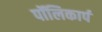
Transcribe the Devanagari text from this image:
पॉलिकार्प